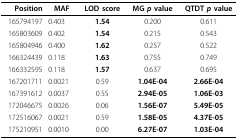
<table><thead><tr><td><b>Position</b></td><td><b>MAF</b></td><td><b>LOD score</b></td><td><b>MG <i>p </i>value</b></td><td><b>QTDT <i>p </i>value</b></td></tr></thead><tbody><tr><td>165794197</td><td>0.403</td><td><b>1.54</b></td><td>0.200</td><td>0.611</td></tr><tr><td>165803609</td><td>0.402</td><td><b>1.54</b></td><td>0.215</td><td>0.543</td></tr><tr><td>165804946</td><td>0.400</td><td><b>1.62</b></td><td>0.257</td><td>0.522</td></tr><tr><td>166324439</td><td>0.118</td><td><b>1.63</b></td><td>0.755</td><td>0.749</td></tr><tr><td>166332595</td><td>0.118</td><td><b>1.57</b></td><td>0.637</td><td>0.695</td></tr><tr><td>167201711</td><td>0.0021</td><td>0.59</td><td><b>1.04E-04</b></td><td><b>2.66E-04</b></td></tr><tr><td>167391612</td><td>0.0037</td><td>0.55</td><td><b>2.94E-05</b></td><td><b>1.06E-03</b></td></tr><tr><td>172046675</td><td>0.0026</td><td>0.06</td><td><b>1.56E-07</b></td><td><b>5.49E-05</b></td></tr><tr><td>172516067</td><td>0.0021</td><td>0.59</td><td><b>1.58E-05</b></td><td><b>4.37E-05</b></td></tr><tr><td>175210951</td><td>0.0010</td><td>0.00</td><td><b>6.27E-07</b></td><td><b>1.03E-04</b></td></tr></tbody></table>